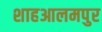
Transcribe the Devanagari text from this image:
शाहआलमपुर